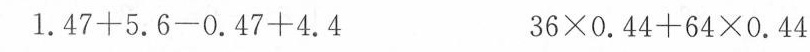
1.47+5.6-0.47+4.4 36×0.44+64×0.44